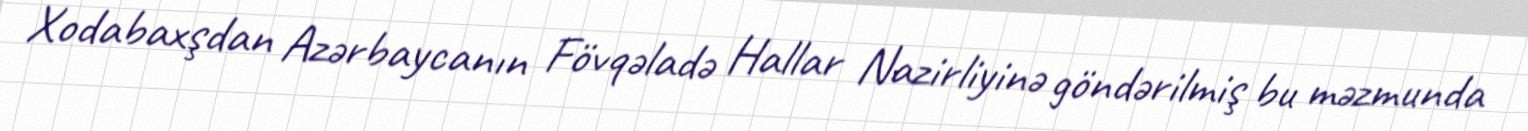
Xodabaxşdan Azərbaycanın Fövqəladə Hallar Nazirliyinə göndərilmiş bu məzmunda